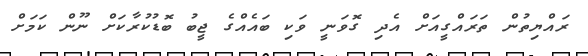
ރައްޔިތުން ތަރައްގީއަށް އެދި ގޮވަނީ ވަކި ބައެއްގެ ޖީބު ބޮޑުކުރާކަށް ނޫން ކަމަށް